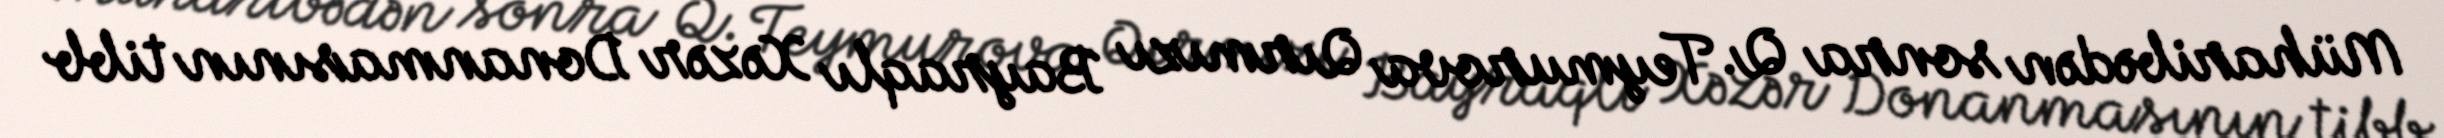
Müharibədən sonra Q. Teymurova Qırmızı Bayraqlı Xəzər Donanmasının tibb